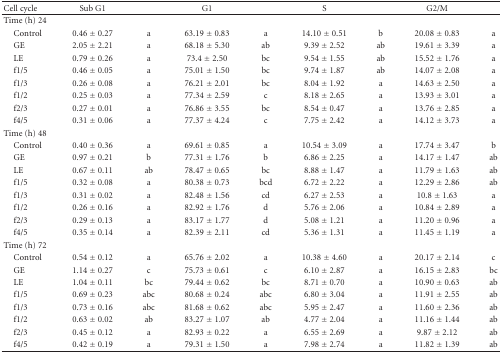
<table><thead><tr><td><b>Cell cycle</b></td><td><b>Sub G1</b></td><td></td><td><b>G1</b></td><td></td><td><b>S</b></td><td></td><td><b>G2/M</b></td><td></td></tr></thead><tbody><tr><td>Time (h) 24</td><td></td><td></td><td></td><td></td><td></td><td></td><td></td><td></td></tr><tr><td> Control</td><td>0.46 ± 0.27</td><td>a</td><td>63.19 ± 0.83</td><td>a</td><td>14.10 ± 0.51</td><td>b</td><td>20.08 ± 0.83</td><td>a</td></tr><tr><td> GE</td><td>2.05 ± 2.21</td><td>a</td><td>68.18 ± 5.30</td><td>ab</td><td>9.39 ± 2.52</td><td>ab</td><td>19.61 ± 3.39</td><td>a</td></tr><tr><td> LE</td><td>0.79 ± 0.26</td><td>a</td><td>73.4 ± 2.50</td><td>bc</td><td>9.54 ± 1.55</td><td>ab</td><td>15.52 ± 1.76</td><td>a</td></tr><tr><td> f1/5</td><td>0.46 ± 0.05</td><td>a</td><td>75.01 ± 1.50</td><td>bc</td><td>9.74 ± 1.87</td><td>ab</td><td>14.07 ± 2.08</td><td>a</td></tr><tr><td> f1/3</td><td>0.26 ± 0.08</td><td>a</td><td>76.21 ± 2.01</td><td>bc</td><td>8.04 ± 1.92</td><td>a</td><td>14.63 ± 2.50</td><td>a</td></tr><tr><td> f1/2</td><td>0.25 ± 0.03</td><td>a</td><td>77.34 ± 2.59</td><td>c</td><td>8.18 ± 2.65</td><td>a</td><td>13.93 ± 3.01</td><td>a</td></tr><tr><td> f2/3</td><td>0.27 ± 0.01</td><td>a</td><td>76.86 ± 3.55</td><td>bc</td><td>8.54 ± 0.47</td><td>a</td><td>13.76 ± 2.85</td><td>a</td></tr><tr><td> f4/5</td><td>0.31 ± 0.06</td><td>a</td><td>77.37 ± 4.24</td><td>c</td><td>7.75 ± 2.42</td><td>a</td><td>14.12 ± 3.73</td><td>a</td></tr><tr><td>Time (h) 48</td><td></td><td></td><td></td><td></td><td></td><td></td><td></td><td></td></tr><tr><td> Control</td><td>0.40 ± 0.36</td><td>a</td><td>69.61 ± 0.85</td><td>a</td><td>10.54 ± 3.09</td><td>a</td><td>17.74 ± 3.47</td><td>b</td></tr><tr><td> GE</td><td>0.97 ± 0.21</td><td>b</td><td>77.31 ± 1.76</td><td>b</td><td>6.86 ± 2.25</td><td>a</td><td>14.17 ± 1.47</td><td>ab</td></tr><tr><td> LE</td><td>0.67 ± 0.11</td><td>ab</td><td>78.47 ± 0.65</td><td>bc</td><td>8.88 ± 1.47</td><td>a</td><td>11.79 ± 1.63</td><td>ab</td></tr><tr><td> f1/5</td><td>0.32 ± 0.08</td><td>a</td><td>80.38 ± 0.73</td><td>bcd</td><td>6.72 ± 2.22</td><td>a</td><td>12.29 ± 2.86</td><td>ab</td></tr><tr><td> f1/3</td><td>0.31 ± 0.02</td><td>a</td><td>82.48 ± 1.56</td><td>cd</td><td>6.27 ± 2.53</td><td>a</td><td>10.8 ± 1.63</td><td>a</td></tr><tr><td> f1/2</td><td>0.26 ± 0.16</td><td>a</td><td>82.92 ± 1.76</td><td>d</td><td>5.76 ± 2.06</td><td>a</td><td>10.84 ± 2.89</td><td>a</td></tr><tr><td> f2/3</td><td>0.29 ± 0.13</td><td>a</td><td>83.17 ± 1.77</td><td>d</td><td>5.08 ± 1.21</td><td>a</td><td>11.20 ± 0.96</td><td>a</td></tr><tr><td> f4/5</td><td>0.35 ± 0.14</td><td>a</td><td>82.39 ± 2.11</td><td>cd</td><td>5.36 ± 1.31</td><td>a</td><td>11.45 ± 1.19</td><td>a</td></tr><tr><td>Time (h) 72</td><td></td><td></td><td></td><td></td><td></td><td></td><td></td><td></td></tr><tr><td> Control</td><td>0.54 ± 0.12</td><td>a</td><td>65.76 ± 2.02</td><td>a</td><td>10.38 ± 4.60</td><td>a</td><td>20.17 ± 2.14</td><td>c</td></tr><tr><td> GE</td><td>1.14 ± 0.27</td><td>c</td><td>75.73 ± 0.61</td><td>c</td><td>6.10 ± 2.87</td><td>a</td><td>16.15 ± 2.83</td><td>bc</td></tr><tr><td> LE</td><td>1.04 ± 0.11</td><td>bc</td><td>79.44 ± 0.62</td><td>bc</td><td>8.71 ± 0.70</td><td>a</td><td>10.90 ± 0.63</td><td>ab</td></tr><tr><td> f1/5</td><td>0.69 ± 0.23</td><td>abc</td><td>80.68 ± 0.24</td><td>abc</td><td>6.80 ± 3.04</td><td>a</td><td>11.91 ± 2.55</td><td>ab</td></tr><tr><td> f1/3</td><td>0.73 ± 0.16</td><td>abc</td><td>81.68 ± 0.62</td><td>abc</td><td>5.95 ± 2.47</td><td>a</td><td>11.60 ± 2.36</td><td>ab</td></tr><tr><td> f1/2</td><td>0.63 ± 0.02</td><td>ab</td><td>83.27 ± 1.07</td><td>ab</td><td>4.77 ± 2.04</td><td>a</td><td>11.16 ± 1.44</td><td>ab</td></tr><tr><td> f2/3</td><td>0.45 ± 0.12</td><td>a</td><td>82.93 ± 0.22</td><td>a</td><td>6.55 ± 2.69</td><td>a</td><td>9.87 ± 2.12</td><td>ab</td></tr><tr><td> f4/5</td><td>0.42 ± 0.19</td><td>a</td><td>79.31 ± 1.50</td><td>a</td><td>7.98 ± 2.74</td><td>a</td><td>11.82 ± 1.39</td><td>ab</td></tr></tbody></table>